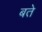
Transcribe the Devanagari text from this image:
बते